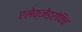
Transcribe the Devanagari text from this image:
एलेक्जेंड्रोविच